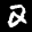
Label: 2